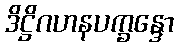
ဒိဋ္ဌိဂဟနပက္ခန္ဒော